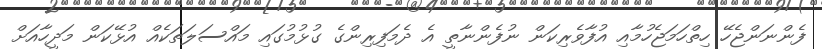
ފެންނަންޖެހޭ ހިތްހަމަޖެހުމާއި އުފާވެރިކަން ނުފެންނާތީ އެ ދެމަފިރިންގެ ގުޅުމުގައި މައްސަލަތަކެއް އުޅޭކަން މަދީހާއަށް